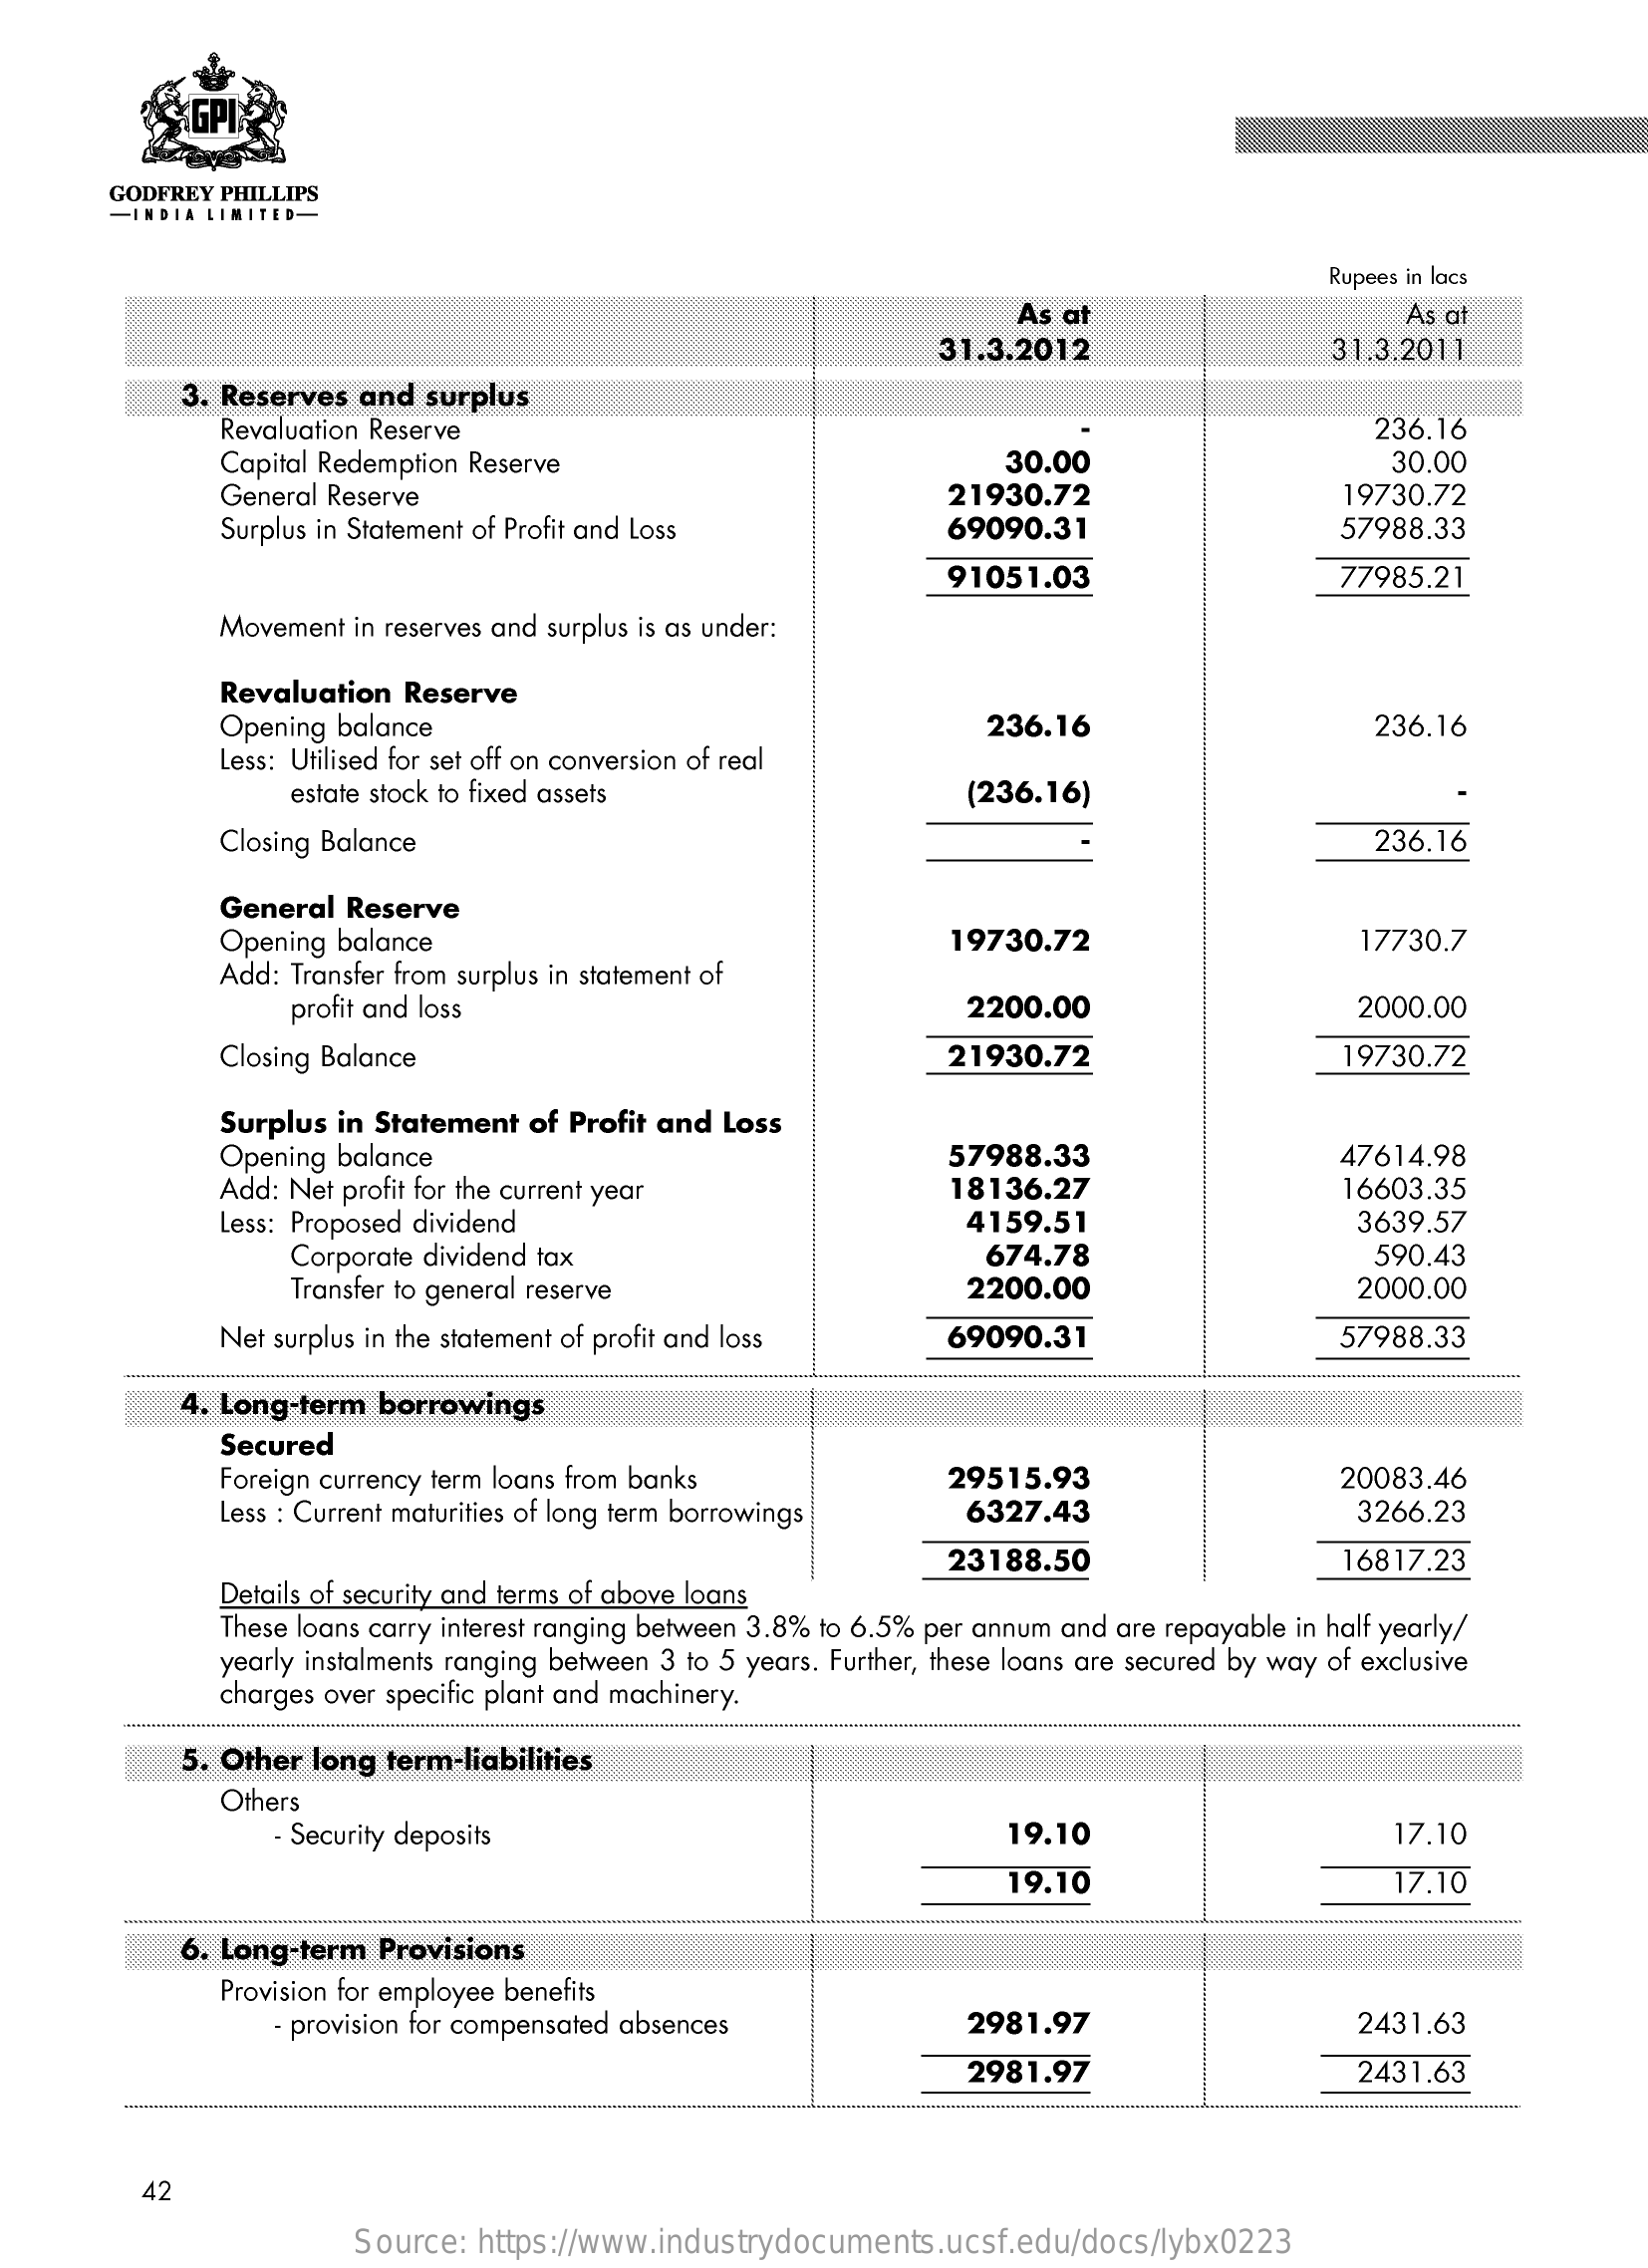
GODFREY PHILLIPS
     -INDIA LIMITED-
     Rupees in lacs
     As at    As a
     31.3.2012    31.3.2011
     3. Reserves and surplus
     Revaluation Reserve    236.16
     Capital Redemption Reserve    30.00    30.00
     General Reserve    21930.72    19730.72
     Surplus in Statement of Profit and Loss    69090.31    57988.33
     91051.03    77985.21
     Movement in reserves and surplus is as under:
     Revaluation Reserve
     Opening balance    236.16    236.16
     Less: Utilised for set off on conversion of real
     estate stock to fixed assets    (236.16)
     Closing Balance    236.16
     General Reserve
     Opening balance    19730.72    17730.7
     Add: Transfer from surplus in statement of
     profit and loss    2200.00    2000.00
     Closing Balance    21930.72    19730.72
     Surplus in Statement of Profit and Loss
     Opening balance    57988.33    47614.98
     Add: Net profit for the current year    18136.27    16603.35
     Less: Proposed dividend    4159.51
     Corporate dividend tax
     3639.57
     674.78    590.43
     Transfer to general reserve    2200.00    2000.00
     Net surplus in the statement of profit and loss   69090.31    57988.33
     4. Long-term borrowings
     Secured
     Foreign currency term loans from banks    29515.93    20083.46
     Less : Current maturities of long term borrowings  6327.43    3266.23
     23188.50    16817.23
     Details of security and terms of above loans
     These loans carry interest ranging between 3.8% to 6.5% per annum and are repayable in half yearly/
     yearly instalments ranging between 3 to 5 years. Further, these loans are secured by way of exclusive
     charges over specific plant and machinery.
     5. Other long term-liabilities
     Others
     - Security deposits    19.10    17.10
     19.10    17.10
     6. Long-term Provisions
     Provision for employee benefits
     provision for compensated absences    2981.97    2431.63
     2981.97    2431.63
     42
     Source: https://www.industrydocuments.ucsf.edu/docs/lybx0223